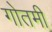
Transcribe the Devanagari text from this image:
गोतमी